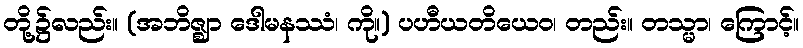
တို့၌လည်း။ (အဘိဇ္ဈာ ဒေါမနဿံ၊ ကို။) ပဟီယတိယေဝ၊ တည်း။ တသ္မာ၊ ကြောင့်။